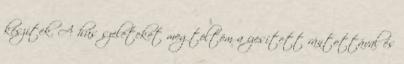
készítek. A hús szeleteket megtöltöm a ízesített rántottával és